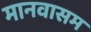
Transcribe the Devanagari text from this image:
मानवासम